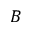
B